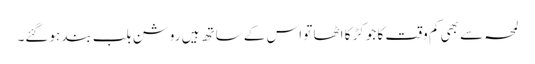
لمحہ سے بھی کم وقت کا جوکڑ کا اٹھا تو اس کے ساتھ ہیں روشن بلب بند ہوگئے۔